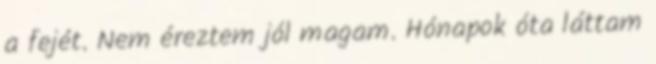
a fejét. Nem éreztem jól magam. Hónapok óta láttam